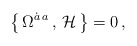
\begin{align*}\big\{ \,\Omega^{\dot{a}\, a} \, , \, {\cal H} \, \big\} = 0 \, ,\end{align*}